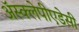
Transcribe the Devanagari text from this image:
अॅस्क्लेपीएडेसी